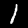
Digit: 1